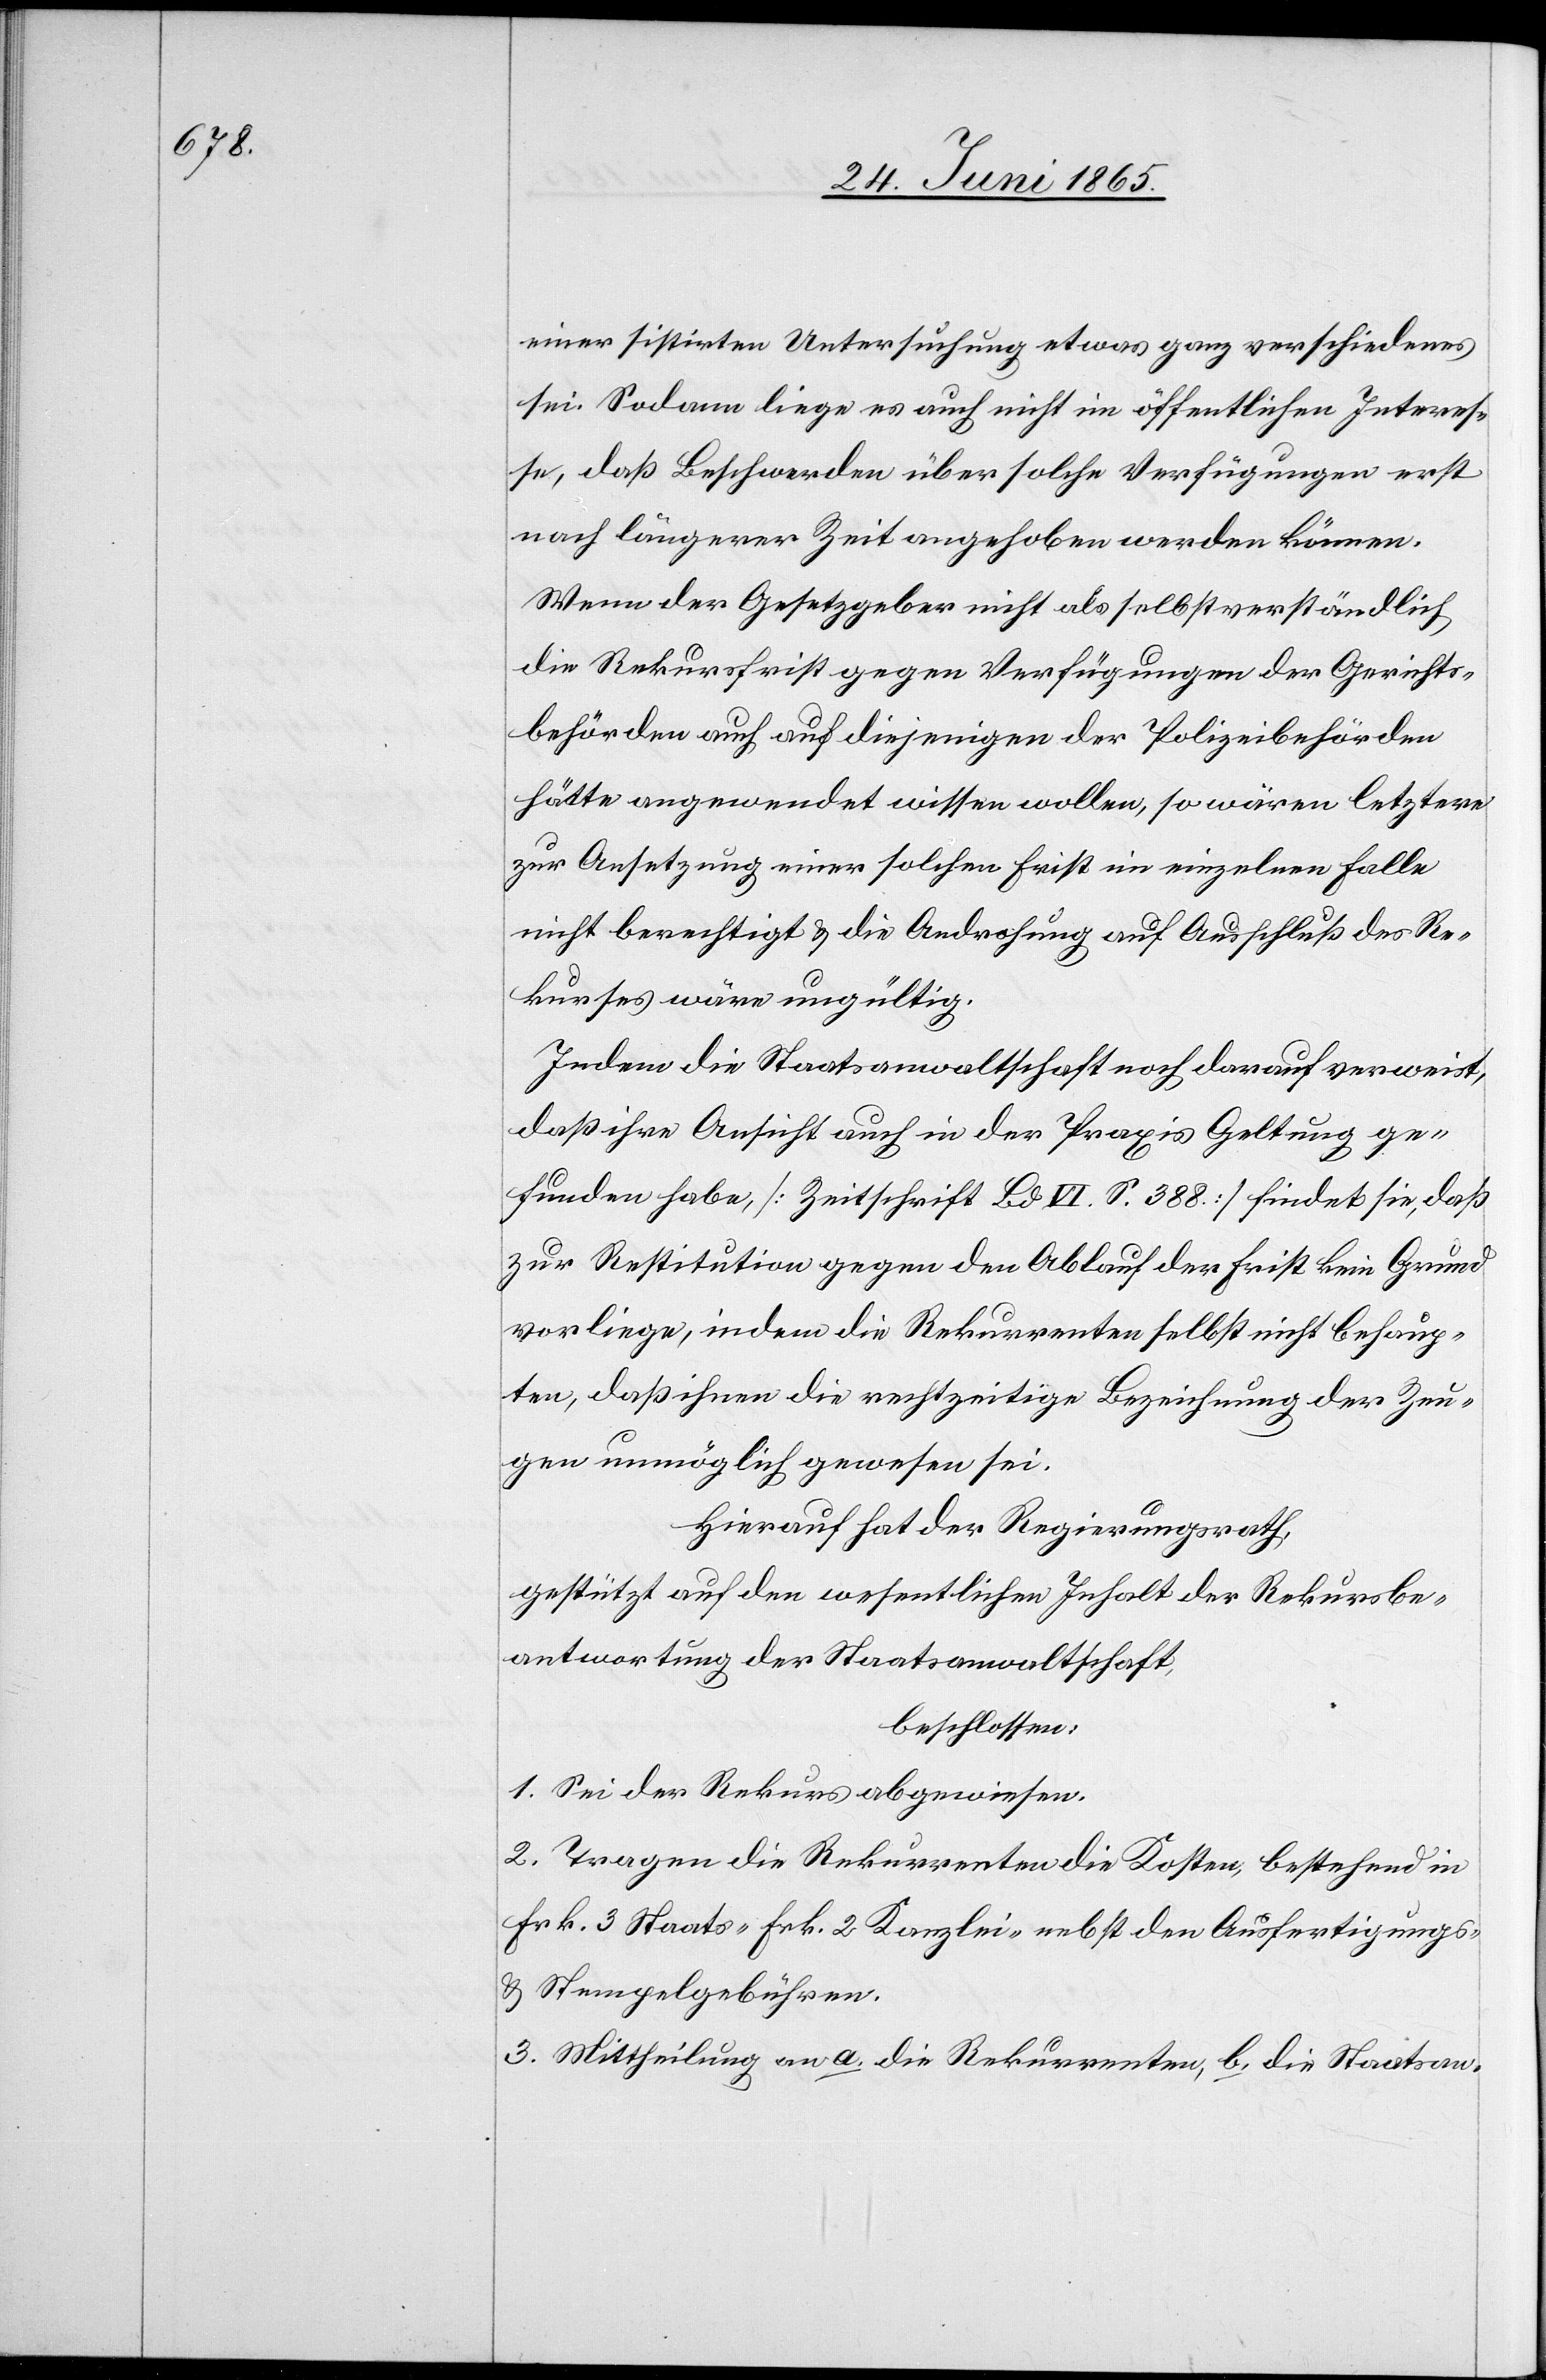
einer sistirten Untersuchung etwas ganz verschiedenes
sei. Sodann liege es auch nicht im öffentlichen Interes¬
se, daß Beschwerden über solche Verfügungen erst
nach längerer Zeit angehoben werden können.
Wenn der Gesetzgeber nicht als selbstverständlich
die Rekursfrist gegen Verfügungen der Gerichts¬
behörden auch auf diejenigen der Polizeibehörden
hätte angewendet wissen wollen, so wären letztere
zur Ansetzung einer solchen Frist im einzelnen Falle
nicht berechtigt & die Androhung auf Ausschluß des Re¬
kurses wäre ungültig.
Indem die Staatsanwaltschaft noch darauf verweist,
daß ihre Ansicht auch in der Praxis Geltung ge¬
funden habe, [Zeitschrift Bd VI. S. 388] findet sie, daß
zur Restitution gegen den Ablauf der Frist kein Grund
vorliege, indem die Rekurrenten selbst nicht behaup¬
ten, daß ihnen die rechtzeitige Bezeichnung der Zeu¬
gen unmöglich gewesen sei.
Hierauf hat der Regierungsrath,
gestützt auf den wesentlichen Inhalt der Rekursbe¬
antwortung der Staatsanwaltschaft,
beschlossen:
1. Sei der Rekurs abgewiesen.
2. Tragen die Rekurrenten die Kosten, bestehend in
Frk. 3 Staats-[,] Frk. 2 Kanzlei- nebst den Ausfertigungs-
& Stempelgebühren.
3. Mittheilung an a. die Rekurrenten, b. die Staatsan-